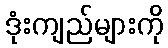
ဒုံးကျည်များကို